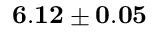
{ \bf 6 . 1 2 \pm 0 . 0 5 }